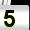
Digit: 5